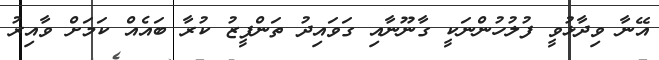
އޭނާ ވިދާޅުވީ ފުލުހުންނަކީ ގާނޫނާއި ގަވައިދު ތަންފީޒު ކުރާ ބައެއް ކަމަށް ވާއިރު